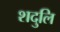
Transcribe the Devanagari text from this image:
शदुलि